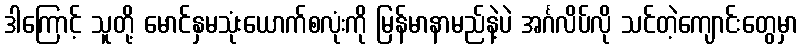
ဒါကြောင့် သူတို့ မောင်နှမသုံးယောက်စလုံးကို မြန်မာနာမည်နဲ့ပဲ အင်္ဂလိပ်လို သင်တဲ့ကျောင်းတွေမှာ